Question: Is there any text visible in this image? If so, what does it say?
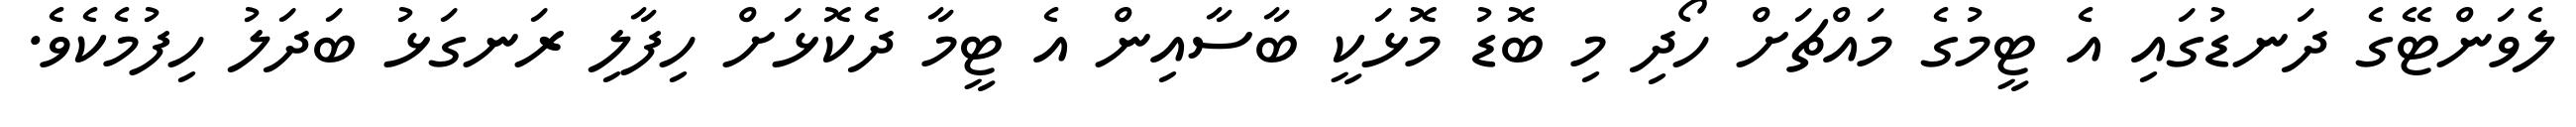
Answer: ލެވަންޓޭގެ ދަނޑުގައި އެ ޓީމުގެ މައްޗަށް ހޯދި މި ބޮޑު މޮޅަކީ ބާސާއިން އެ ޓީމާ ދެކޮޅަށް ހިފާލި ރަނގަޅު ބަދަލު ހިފުމެކެވެ.